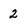
Character: 2